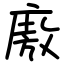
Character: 廒